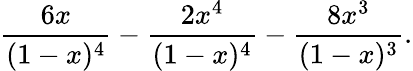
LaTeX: {\frac{6x}{(1-x)^{4}}}-{\frac{2x^{4}}{(1-x)^{4}}}-{\frac{8x^{3}}{(1-x)^{3}}}.